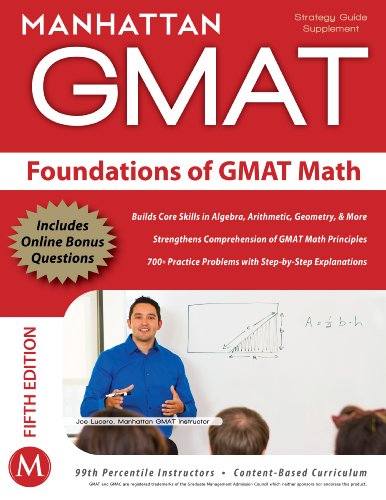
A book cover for Foundations of GMAT Math, 5th Edition (Manhattan GMAT Preparation Guide: Foundations of Math); Manhattan GMAT; Test Preparation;